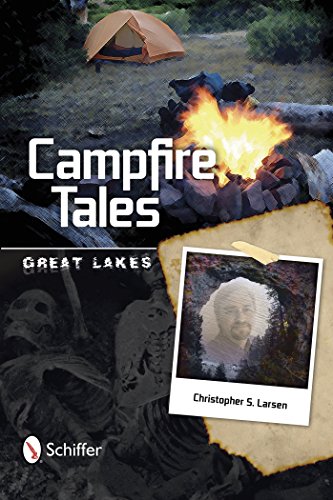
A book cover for Campfire Tales: Great Lakes; Christopher Larsen; Travel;